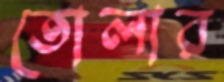
তোলার